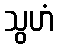
သွဟံ